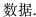
数据.